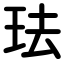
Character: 珐